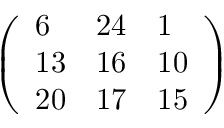
\left( \begin{array} { l l l } { 6 } & { 2 4 } & { 1 } \\ { 1 3 } & { 1 6 } & { 1 0 } \\ { 2 0 } & { 1 7 } & { 1 5 } \end{array} \right)